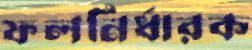
ফলনির্ধারক